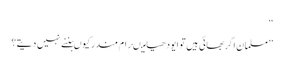
‘‘
’’مسلمان اگر بھائی ہیں تو ایودھیا میںرام مندر کیوںبننے نہیں دیتے؟